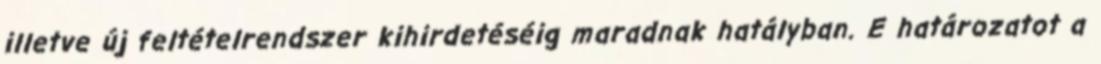
illetve új feltételrendszer kihirdetéséig maradnak hatályban. E határozatot a